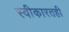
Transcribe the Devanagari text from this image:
स्वीकारतही